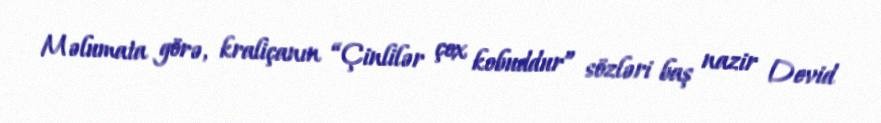
Məlumata görə, kraliçanın “Çinlilər çox kobuddur” sözləri baş nazir Devid